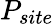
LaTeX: P_{site}